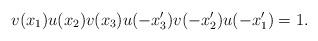
LaTeX: \begin{align*}v(x_1)u(x_2)v(x_3)u(-x_3')v(-x_2')u(-x_1')=1.\end{align*}